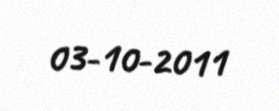
03-10-2011